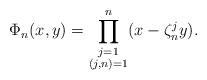
LaTeX: \begin{align*} \Phi_n(x,y)=\prod^n_{\substack{j=1 \\ (j,n)=1}}(x-\zeta^j_ny).\end{align*}